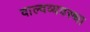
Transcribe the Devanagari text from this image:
वाल्वव्यवस्था